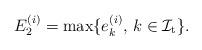
LaTeX: \begin{align*}E^{(i)}_2 = \max \{e^{(i)}_k, \, k \in \mathcal {I}_{\rm{t}} \}.\end{align*}